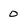
Character: 0